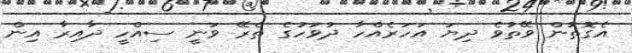
އެގޮތުން ވޭތުވެ ދިޔަ އަހަރެއްހާ ދުވަހުގެ ތެރޭ ވަނީ ސިއްހީ ދާއިރާ އިން